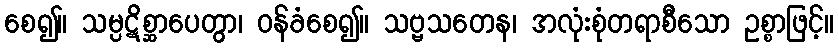
စေ၍။ သမ္ပဋိစ္ဆာပေတွာ၊ ဝန်ခံစေ၍။ သဗ္ဗသတေန၊ အလုံးစုံတရာစီသော ဥစ္စာဖြင့်။